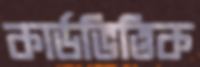
কার্ডভিত্তিক